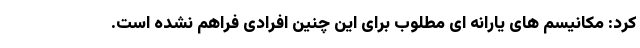
کرد: مکانیسم های یارانه ای مطلوب برای این چنین افرادی فراهم نشده است.